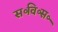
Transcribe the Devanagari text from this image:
स॰वि॰स॰